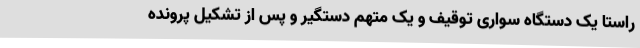
راستا یک دستگاه سواری توقیف و یک متهم دستگیر و پس از تشکیل پرونده